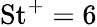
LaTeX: \mathrm{St}^{+}=6